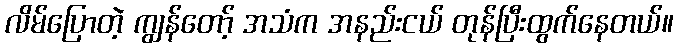
လိမ်ပြောတဲ့ ကျွန်တော့် အသံက အနည်းငယ် တုန်ပြီးထွက်နေတယ်။